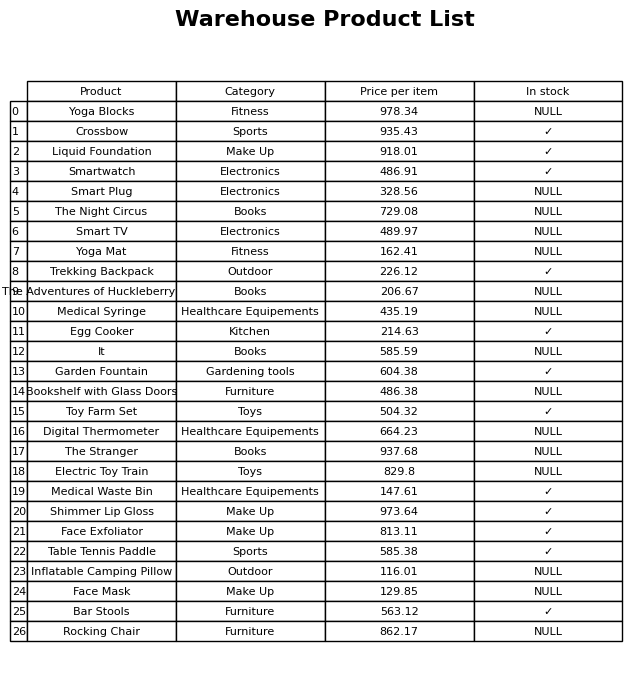
question: What is the price of the Digital Thermometer?
answer: The price of Digital Thermometer is 664.23.